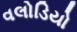
વલોડિયો